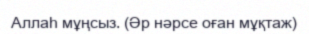
Аллаһ мұңсыз. (Әр нәрсе оған мұқтаж)